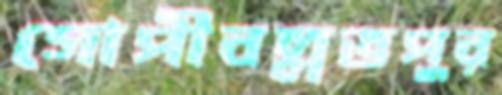
গোপীবল্লভপুর